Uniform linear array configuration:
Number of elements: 12
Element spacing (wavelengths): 0.5
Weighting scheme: blackman
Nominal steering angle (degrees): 0
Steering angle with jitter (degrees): -0.8209
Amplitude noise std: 0.05
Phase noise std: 0.05

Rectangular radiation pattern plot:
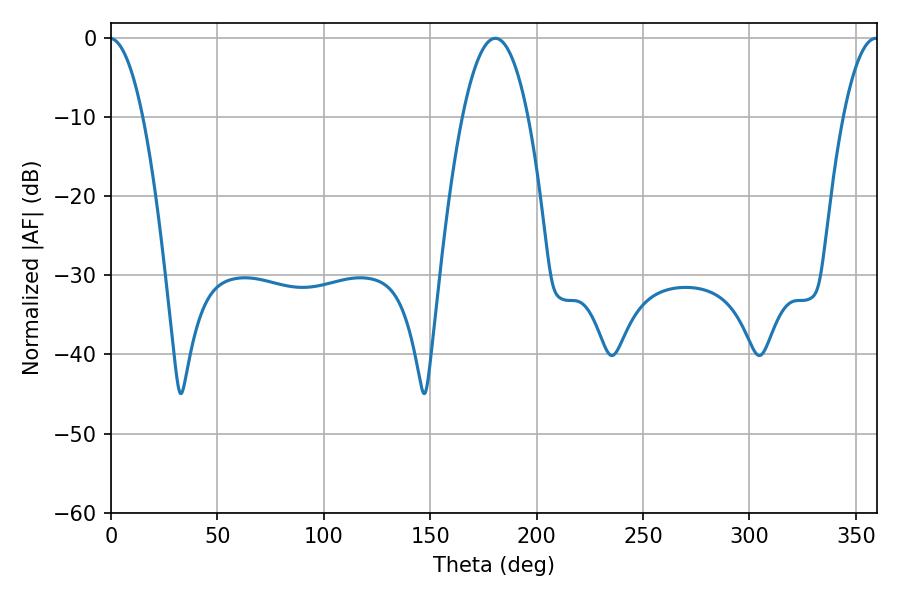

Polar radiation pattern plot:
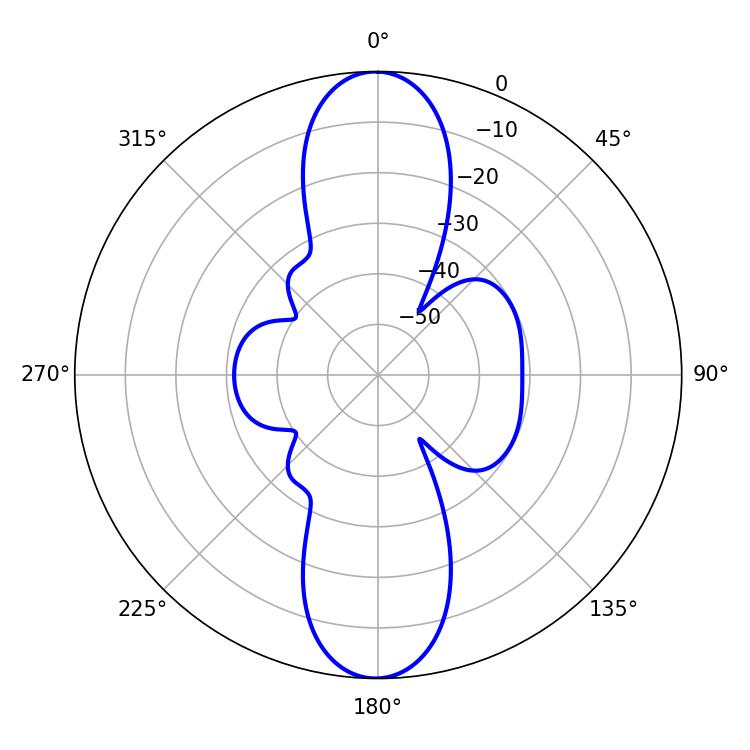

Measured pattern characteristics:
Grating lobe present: FALSE
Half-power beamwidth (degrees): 17.1
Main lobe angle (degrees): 180.54